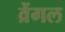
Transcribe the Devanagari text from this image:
व्रेंगल